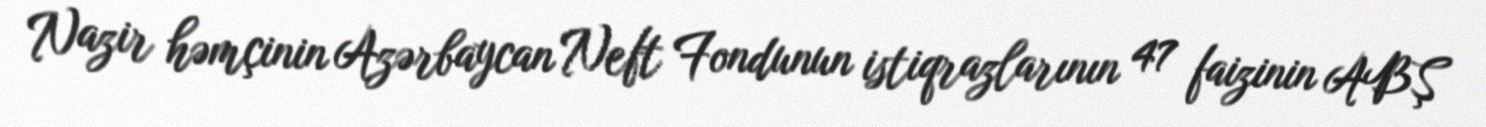
Nazir həmçinin Azərbaycan Neft Fondunun istiqrazlarının 47 faizinin ABŞ